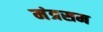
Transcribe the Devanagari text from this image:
मंत्रसम